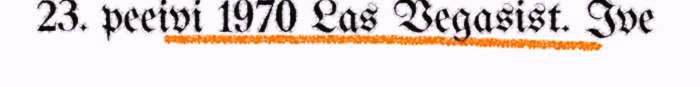
23. peeivi 1970 Las Vegasist. Ive